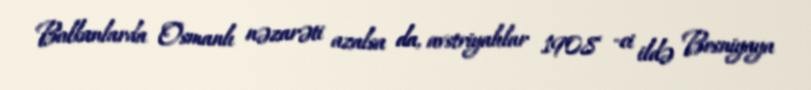
Balkanlarda Osmanlı nəzarəti azalsa da, avstriyalılar 1908 -ci ildə Bosniyaya